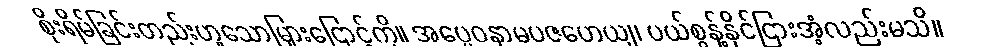
စိုးရိမ်ခြင်းတည်းဟူသောမြှားငြောင့်ကို။ အပ္ပေဝနာမပဇဟေယျ၊ ပယ်စွန့်နိုင်ငြားအံ့လည်းမသိ။